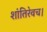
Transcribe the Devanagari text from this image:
शांतिरेवच।